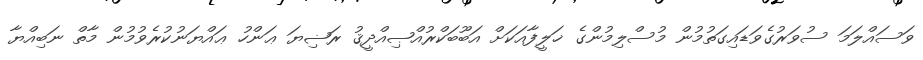
ވަސައްލަމަ ސުވަރުގެވަޑައިގަތުމުން މުސްލިމުންގެ ޚަލީފާއަކަށް އަބޫބަކްރުއްޞިއްދީޤު ރަޟިޔަ ޢަންހު ޢައްޔަނުކުރެވުމުން މާތް ނަބިއްޔާ